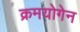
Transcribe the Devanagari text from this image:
क्रमयोगेन